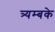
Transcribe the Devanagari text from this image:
त्र्यम्बके